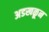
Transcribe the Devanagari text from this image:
अडखळून